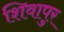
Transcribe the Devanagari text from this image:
शिवापुर